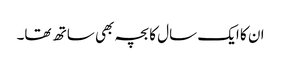
ان کا ایک سال کا بچہ بھی ساتھ تھا۔